Reports on military cantonments and civil stations in the Presidency of Bombay inspected by the Sanitary Commissioner in the years 1875 and 1876
Year: 1875
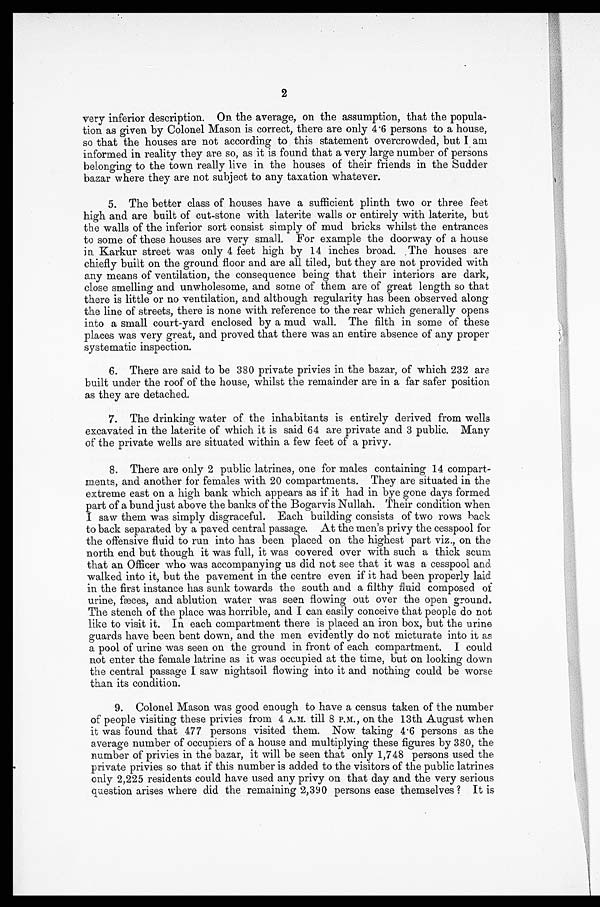
2
very inferior description. On the average, on the assumption, that the popula-
tion as given by Colonel Mason is correct, there are only 4.6 persons to a house,
so that the houses are not according to this statement overcrowded, but I am
informed in reality they are so, as it is found that a very large number of persons
belonging to the town really live in the houses of their friends in the Sudder
bazar where they are not subject to any taxation whatever.
5. The better class of houses have a sufficient plinth two or three feet
high and are built of cut-stone with laterite walls or entirely with laterite, but
the walls of the inferior sort consist simply of mud bricks whilst the entrances
to some of these houses are very small. For example the doorway of a house
in Karkur street was only 4 feet high by 14 inches broad. The houses are
chiefly built on the ground floor and are all tiled, but they are not provided with
any means of ventilation, the consequence being that their interiors are dark,
close smelling and unwholesome, and some of them are of great length so that
there is little or no ventilation, and although regularity has been observed along
the line of streets, there is none with reference to the rear which generally opens
into a small court-yard enclosed by a mud wall. The filth in some of these
places was very great, and proved that there was an entire absence of any proper
systematic inspection.
6. There are said to be 380 private privies in the bazar, of which 232 are
built under the roof of the house, whilst the remainder are in a far safer position
as they are detached.
7. The drinking water of the inhabitants is entirely derived from wells
excavated in the laterite of which it is said 64 are private and 3 public. Many
of the private wells are situated within a few feet of a privy.
8. There are only 2 public latrines, one for males containing 14 compart-
ments, and another for females with 20 compartments, They are situated in the
extreme east on a high bank which appears as if it had in bye gone days formed
part of a bund just above the banks of the Bogarvis Nullah. Their condition when
I saw them was simply disgraceful. Each building consists of two rows hack
to back separated by a paved central passage. At the men's privy the cesspool for
the offensive fluid to run into has been placed on the highest part viz., on the
north end but though it was full, it was covered over with such a thick scum
that an Officer who was accompanying us did not see that it was a cesspool and
walked into it, but the pavement in the centre even if it had been properly laid
in the first instance has sunk towards the south and a filthy fluid composed of
urine, fæces, and ablution water was seen flowing out over the open ground.
The stench of the place was horrible, and I can easily conceive that people do not
like to visit it. In each compartment there is placed an iron box, but the urine
guards have been bent down, and the men evidently do not micturate into it as
a pool of urine was seen on the ground in front of each compartment. I could
not enter the female latrine as it was occupied at the time, but on looking down
the central passage I saw nightsoil flowing into it and nothing could be worse
than its condition.
9. Colonel Mason was good enough to have a census taken of the number
of people visiting these privies from 4 A.M. till 8 P.M., on the 13th August when
it was found that 477 persons visited them. Now taking 4.6 persons as the
average number of occupiers of a house and multiplying these figures by 380, the
number of privies in the bazar, it will be seen that only 1,748 persons used the
private privies so that if this number is added to the visitors of the public latrines
only 2,225 residents could have used any privy on that day and the very serious
question arises where did the remaining 2,390 persons ease themselves ? It is